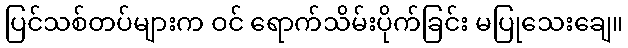
ပြင်သစ်တပ်များက ဝင် ရောက်သိမ်းပိုက်ခြင်း မပြုသေးချေ။